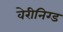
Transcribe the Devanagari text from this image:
वेरीनिग्ड